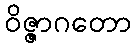
ဝိဇ္ဇာဂတော